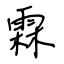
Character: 霖